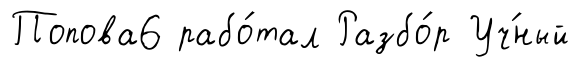
Попова6 рабо́тал Разбо́р Уч́ный